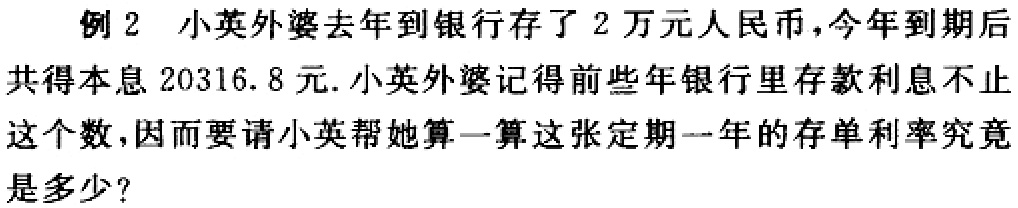
例 2 小英外婆去年到银行存了 2 万元人民币，今年到期后共得本息 20316.8 元. 小英外婆记得前些年银行里存款利息不止这个数，因而要请小英帮她算一算这张定期一年的存单利率究竟是多少？